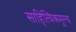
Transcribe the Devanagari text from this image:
साहित्यिकमूल्य